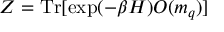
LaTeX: Z = \mathrm { T r } [ \exp ( - \beta H ) { \cal O } ( m _ { q } ) ]